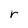
Character: r